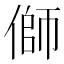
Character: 𪝜